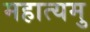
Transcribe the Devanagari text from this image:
महात्यमु